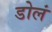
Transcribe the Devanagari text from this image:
डोलं